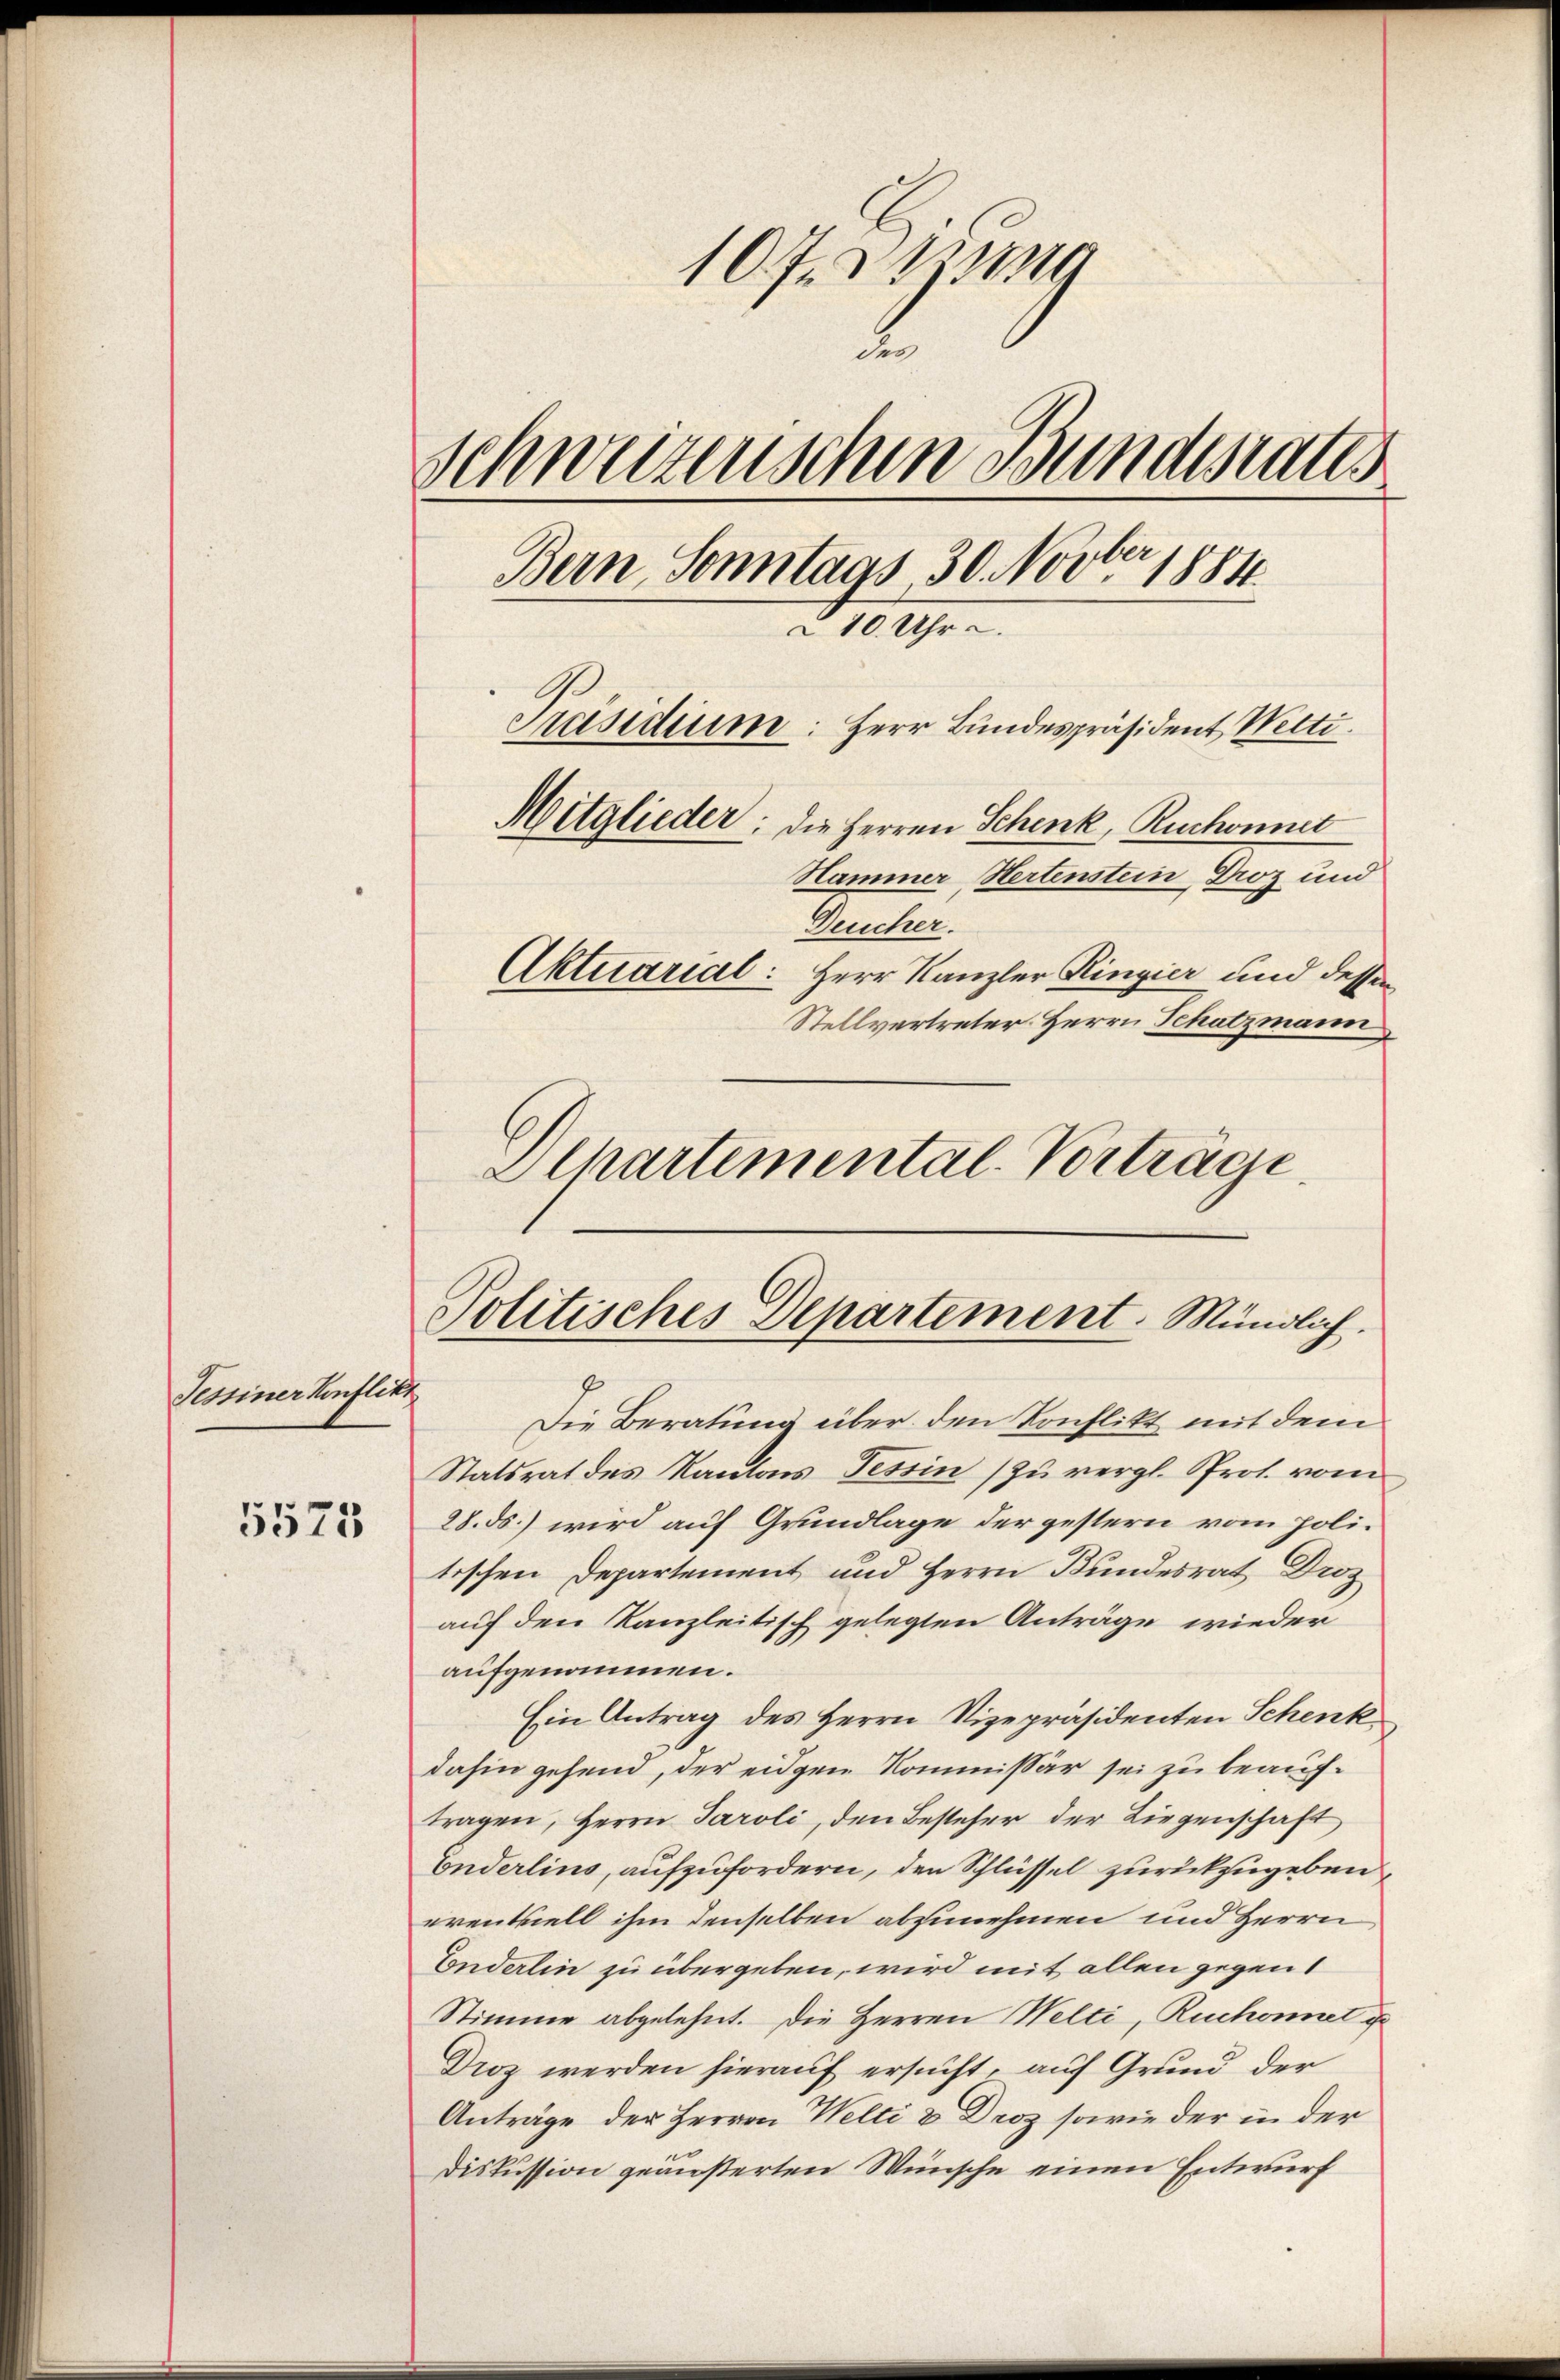
Tessiner Konflikt

5573

107. 11
2
Schweizenschen Bundesrates
Bern, Sonntags 30. Novber 1884
210. Uhr ..
Präsidium
Herr Bundespräsident Welti.
Mitglieder: die Herren Schenk, Ruchonnet
Hammer Hertenstein, Droz und
Deucher.
Aktuarial: Herr Kanzler Ringier und dessen
Stellvertreter Herrn Schutzmann

Politisches Departement. Mündlich.

Departemental-Vorträge.

Die Beratung über den Konflikt mit dem
Statsrat des Kantons Tessin zu vergl. Prot. vom
28. ds.) wird auf Grundlage der gestern vom politischen Departement und Herrn Bundesrat Droz
auf den Kanzleitisch gelegten Anträge wieder
aufgenommen.
Ein Antrag des Herrn Vizepräsidenten Schenk
dahin gehend, der eidgen Kommissär sei zu beauftragen, Herrn Paroli, den Besteher der Liegenschaft
Enderlins, aufzufordern, den Schlüssel zurückzugeben,
erentziell ihm denselben abzunehmen und Herrn
Eonderlin zu übergeben, wird mit allen gegent
Stimme abgelehnt. Die Herren Welti, Ruchonnet u
Droz werden hierauf ersucht, auf Grund der
Anträge der Herren Welti & Droz sowie der in der
Diskussion geäußerten Wünsche einen Entwurf